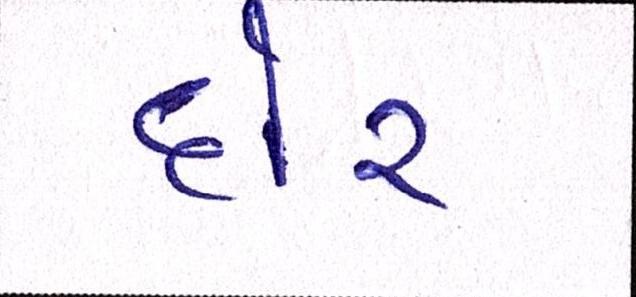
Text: દોર